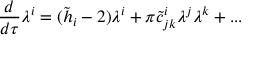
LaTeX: { \frac { d } { d \tau } } \lambda ^ { i } = ( \tilde { h } _ { i } - 2 ) \lambda ^ { i } + \pi \tilde { c } _ { j k } ^ { i } \lambda ^ { j } \lambda ^ { k } + . . .